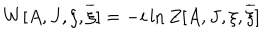
W [ A , J , \xi , \overline { { { \xi } } } ] = - i \ln Z [ A , J , \xi , \overline { { { \xi } } } ]